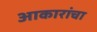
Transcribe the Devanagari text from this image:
आकारांचा